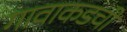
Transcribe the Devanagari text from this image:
गावाकडची